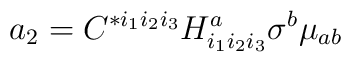
a_2= C^{*i_1 i_2 i_3}H^a_{i_1 i_2 i_3} \sigma^b \mu_{ab}